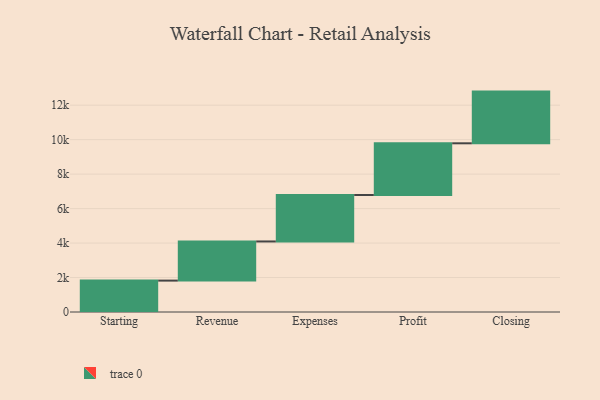
{"axis": {"x": "Step", "y": "Value"}, "legend": [""], "data": [{"x": "Starting", "y": 1822.0, "type": ""}, {"x": "Revenue", "y": 2271.0, "type": ""}, {"x": "Expenses", "y": 2696.0, "type": ""}, {"x": "Profit", "y": 3000, "type": ""}, {"x": "Closing", "y": 3000, "type": ""}]}